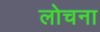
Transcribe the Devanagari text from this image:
लोचना